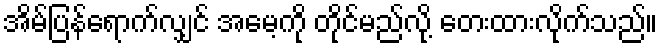
အိမ်ပြန်ရောက်လျှင် အမေ့ကို တိုင်မည်လို့ တေးထားလိုက်သည်။